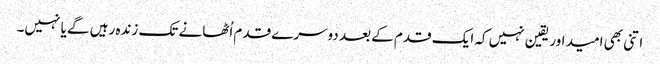
اتنی بھی امید اور یقین نہیں کہ ایک قدم کے بعد دوسرے قدم اُٹھانے تک زندہ رہیں گے یا نہیں۔